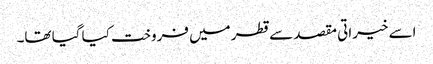
اسے خیراتی مقصد سے قطر میں فروخت کیا گیا تھا۔